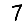
Digit: 7